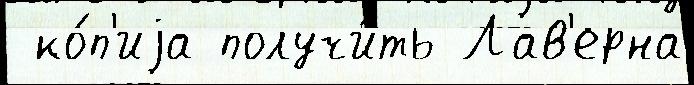
 ко́п'иjа получи́ть Лав'ерна